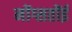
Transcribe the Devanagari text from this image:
नोंग्सतोंई